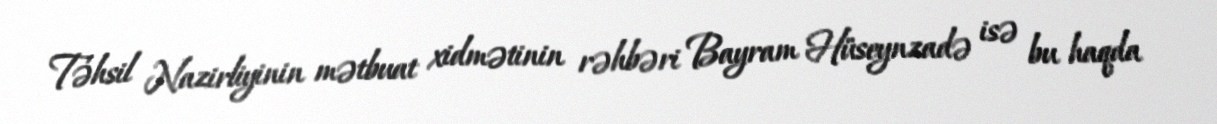
Təhsil Nazirliyinin mətbuat xidmətinin rəhbəri Bayram Hüseynzadə isə bu haqda